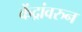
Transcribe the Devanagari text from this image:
केंद्रांवरुन